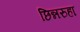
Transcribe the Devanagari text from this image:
छिन्नरुहा